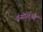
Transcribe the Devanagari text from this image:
ईसोंतेओ